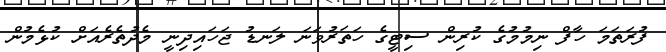
ފުރަތަމަ ހާފް ނިމުމުގެ ކުރިން ސިޓީގެ ހަތަރުވަނަ ލަނޑު ޖަހައިދިނީ މެދުތެރެއަށް ކުޅެމުން